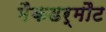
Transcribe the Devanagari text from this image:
मैकडर्मौट